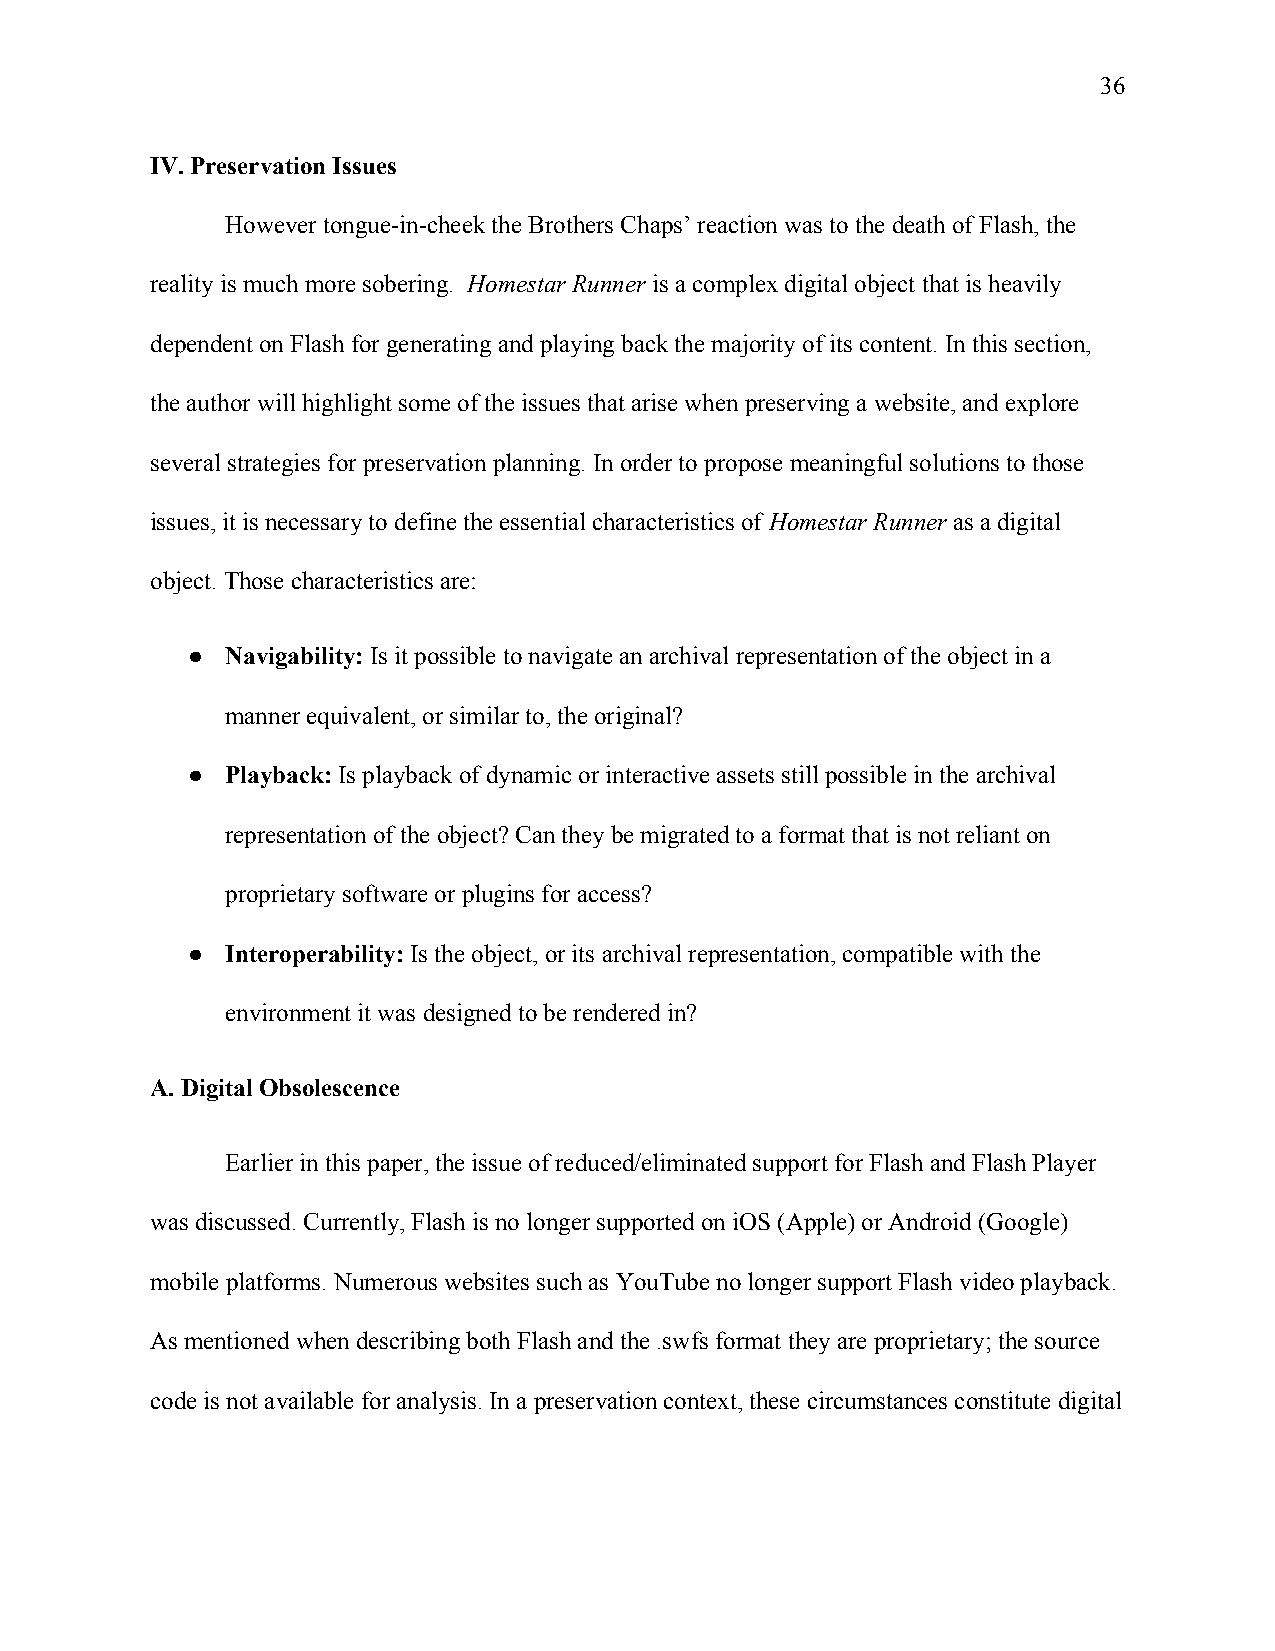
36
 IV. Preservation Issues
 However tongue-in-cheek the Brothers Chaps’ reaction was to the death of Flash, the
 reality is much more sobering. Homestar Runner is a complex digital object that is heavily
 ​          ​
 dependent on Flash for generating and playing back the majority of its content. In this section,
 the author will highlight some of the issues that arise when preserving a website, and explore
 several strategies for preservation planning. In order to propose meaningful solutions to those
 issues, it is necessary to define the essential characteristics of Homestar Runner as a digital
 ​           ​
 object. Those characteristics are:
 ●  Navigability: Is it possible to navigate an archival representation of the object in a
 ​
 manner equivalent, or similar to, the original?
 ●  Playback: Is playback of dynamic or interactive assets still possible in the archival
 ​
 representation of the object? Can they be migrated to a format that is not reliant on
 proprietary software or plugins for access?
 ●  Interoperability: Is the object, or its archival representation, compatible with the
 ​
 environment it was designed to be rendered in?
 A. Digital Obsolescence
 Earlier in this paper, the issue of reduced/eliminated support for Flash and Flash Player
 was discussed. Currently, Flash is no longer supported on iOS (Apple) or Android (Google)
 mobile platforms. Numerous websites such as YouTube no longer support Flash video playback.
 As mentioned when describing both Flash and the .swfs format they are proprietary; the source
 code is not available for analysis. In a preservation context, these circumstances constitute digital